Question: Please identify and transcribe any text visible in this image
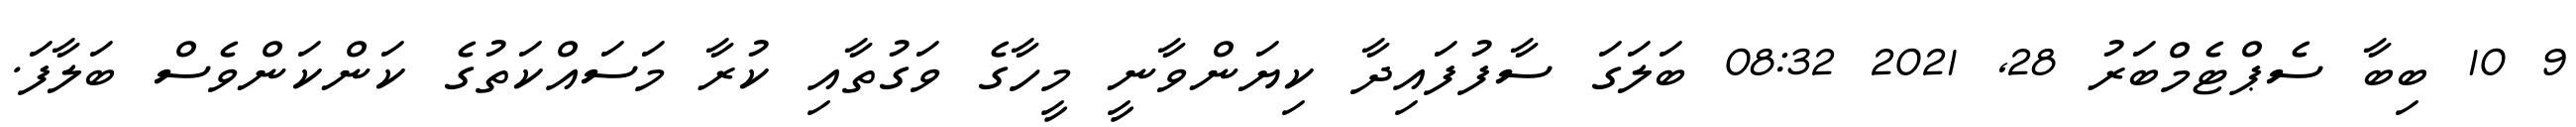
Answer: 9 10 ބިބާ ސެޕްޓެމްބަރު 28, 2021 08:32 ބަލަގަ ސާފުފައިދާ ކިޔަންވާނީ މީހާގެ ވަގުތާއި ކުރާ މަސައްކަތުގެ ކަންކަންވެސް ބަލާފަ.